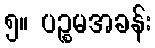
၅။ ပဉ္စမအခန်း